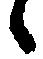
候